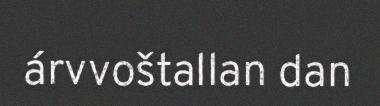
árvvoštallan dan